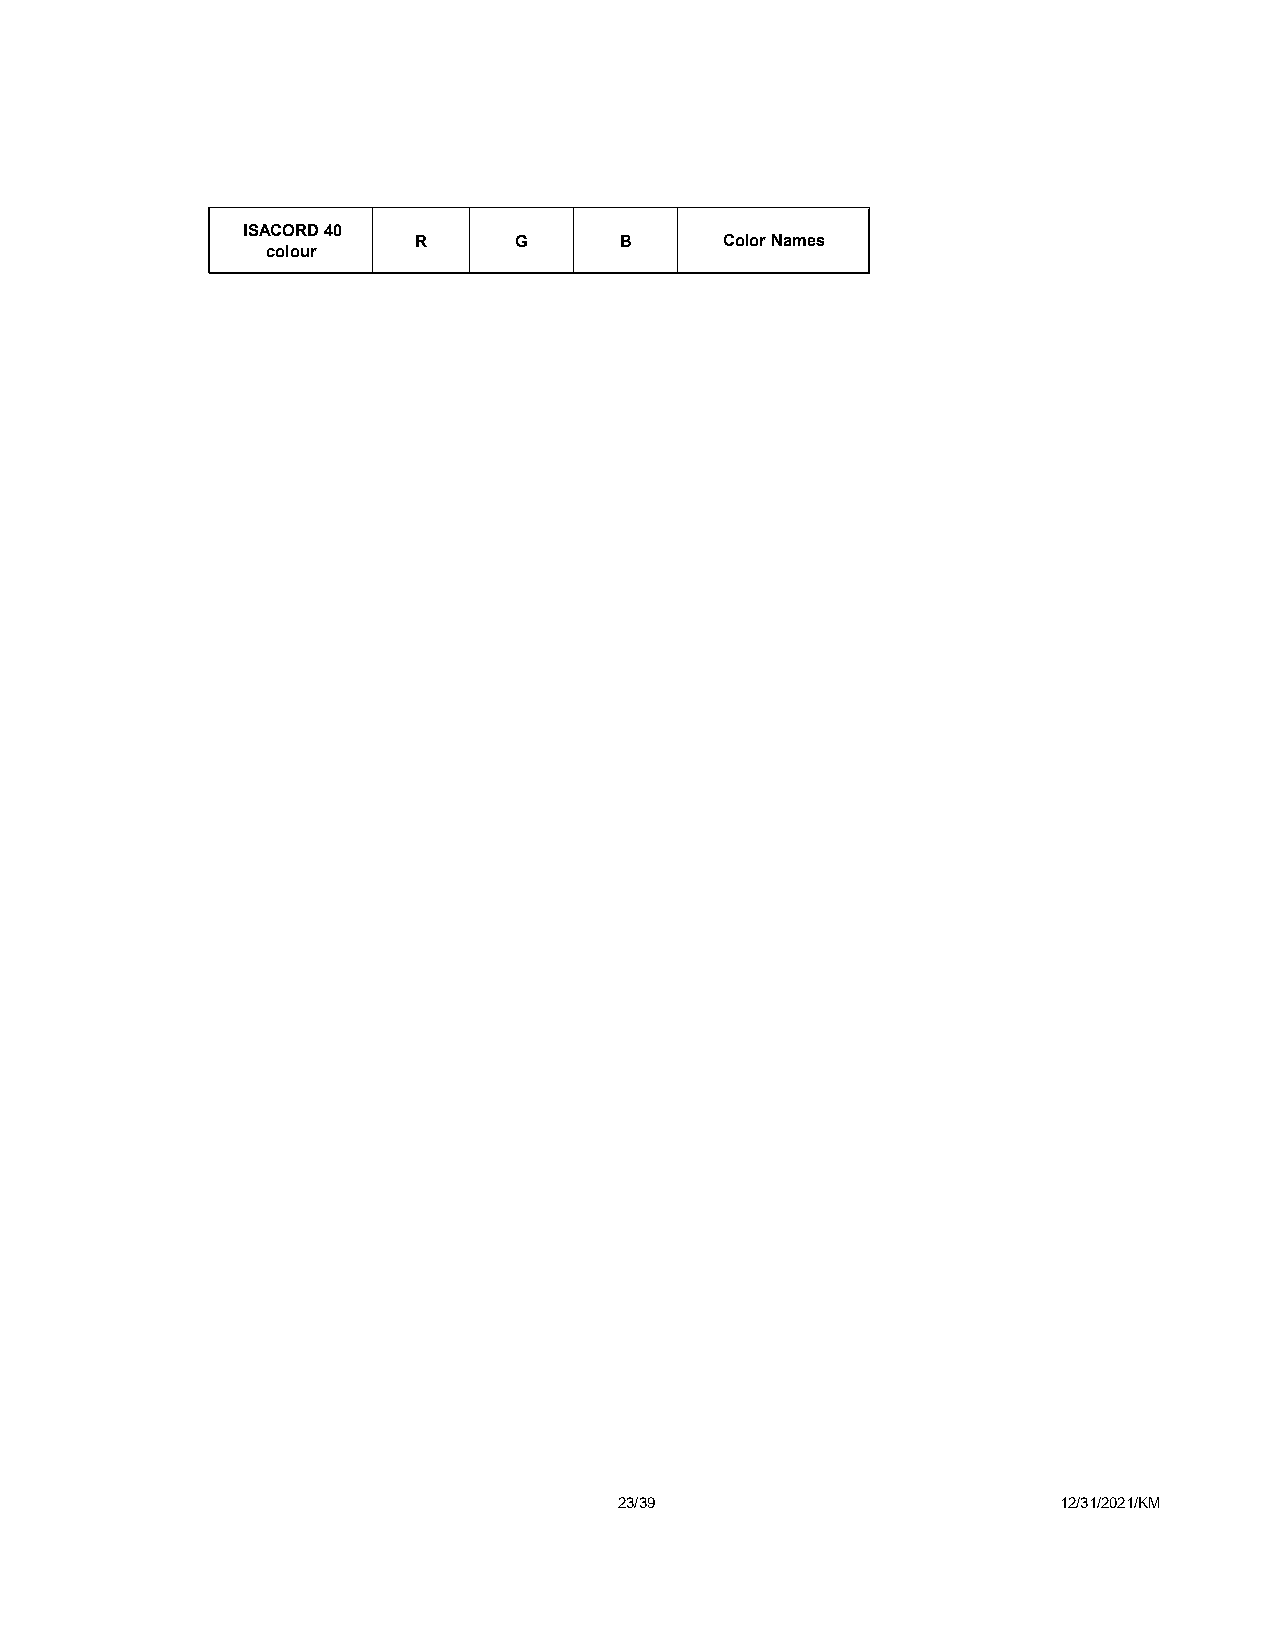
ISACORD 40
 R      G      B      Color Names
 colour
 23/39                        12/31/2021/KM